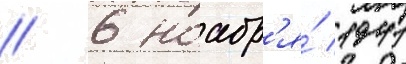
// 6 ноабр'я́ 1941